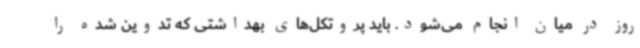
روز در میان انجام می‌شود. باید پروتکل‌های بهداشتی که تدوین شده را